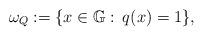
LaTeX: \begin{align*}\omega_{Q}:=\{x\in \mathbb{G}:\,q(x)=1\},\end{align*}